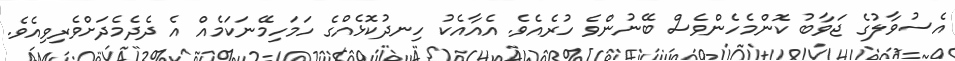
އެސުވާލުގެ ޖަވާބު ކޮންމެހެންވެސް ބޭނުންވެ ހުރެއެވެ. އެއާއެކު ހިނދުކޮޅެއްގެ ހަމަހިމޭނަކަމެއް އެ ދެދެމެދަށްވެރިވިއެވެ.